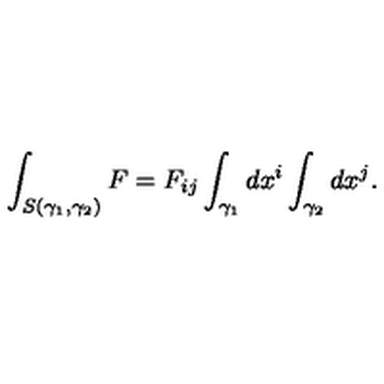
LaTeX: \int _ { S ( \gamma _ { 1 } , \gamma _ { 2 } ) } F = F _ { i j } \int _ { \gamma _ { 1 } } d x ^ { i } \int _ { \gamma _ { 2 } } d x ^ { j } .